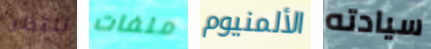
ننتظر ملفات الألمنيوم سيادته